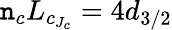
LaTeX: \mathtt{n}_{c}L_{c_{J_{c}}}=4d_{3/2}